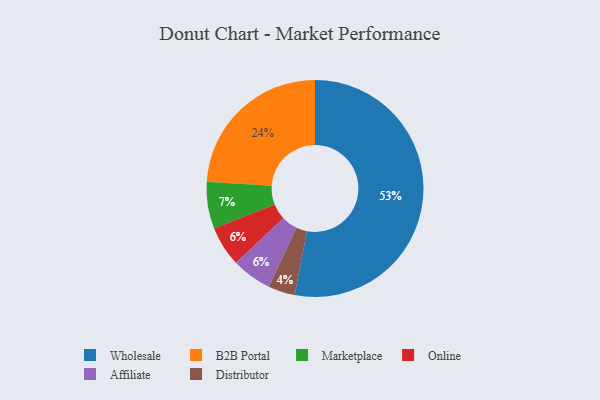
{"axis": {"x": "Category", "y": "Percentage"}, "legend": ["Affiliate", "B2B Portal", "Distributor", "Marketplace", "Online", "Wholesale"], "data": [{"x": "Marketplace", "y": 7, "type": "Marketplace"}, {"x": "Wholesale", "y": 53, "type": "Wholesale"}, {"x": "Online", "y": 6, "type": "Online"}, {"x": "Affiliate", "y": 6, "type": "Affiliate"}, {"x": "Distributor", "y": 4, "type": "Distributor"}, {"x": "B2B Portal", "y": 24, "type": "B2B Portal"}]}